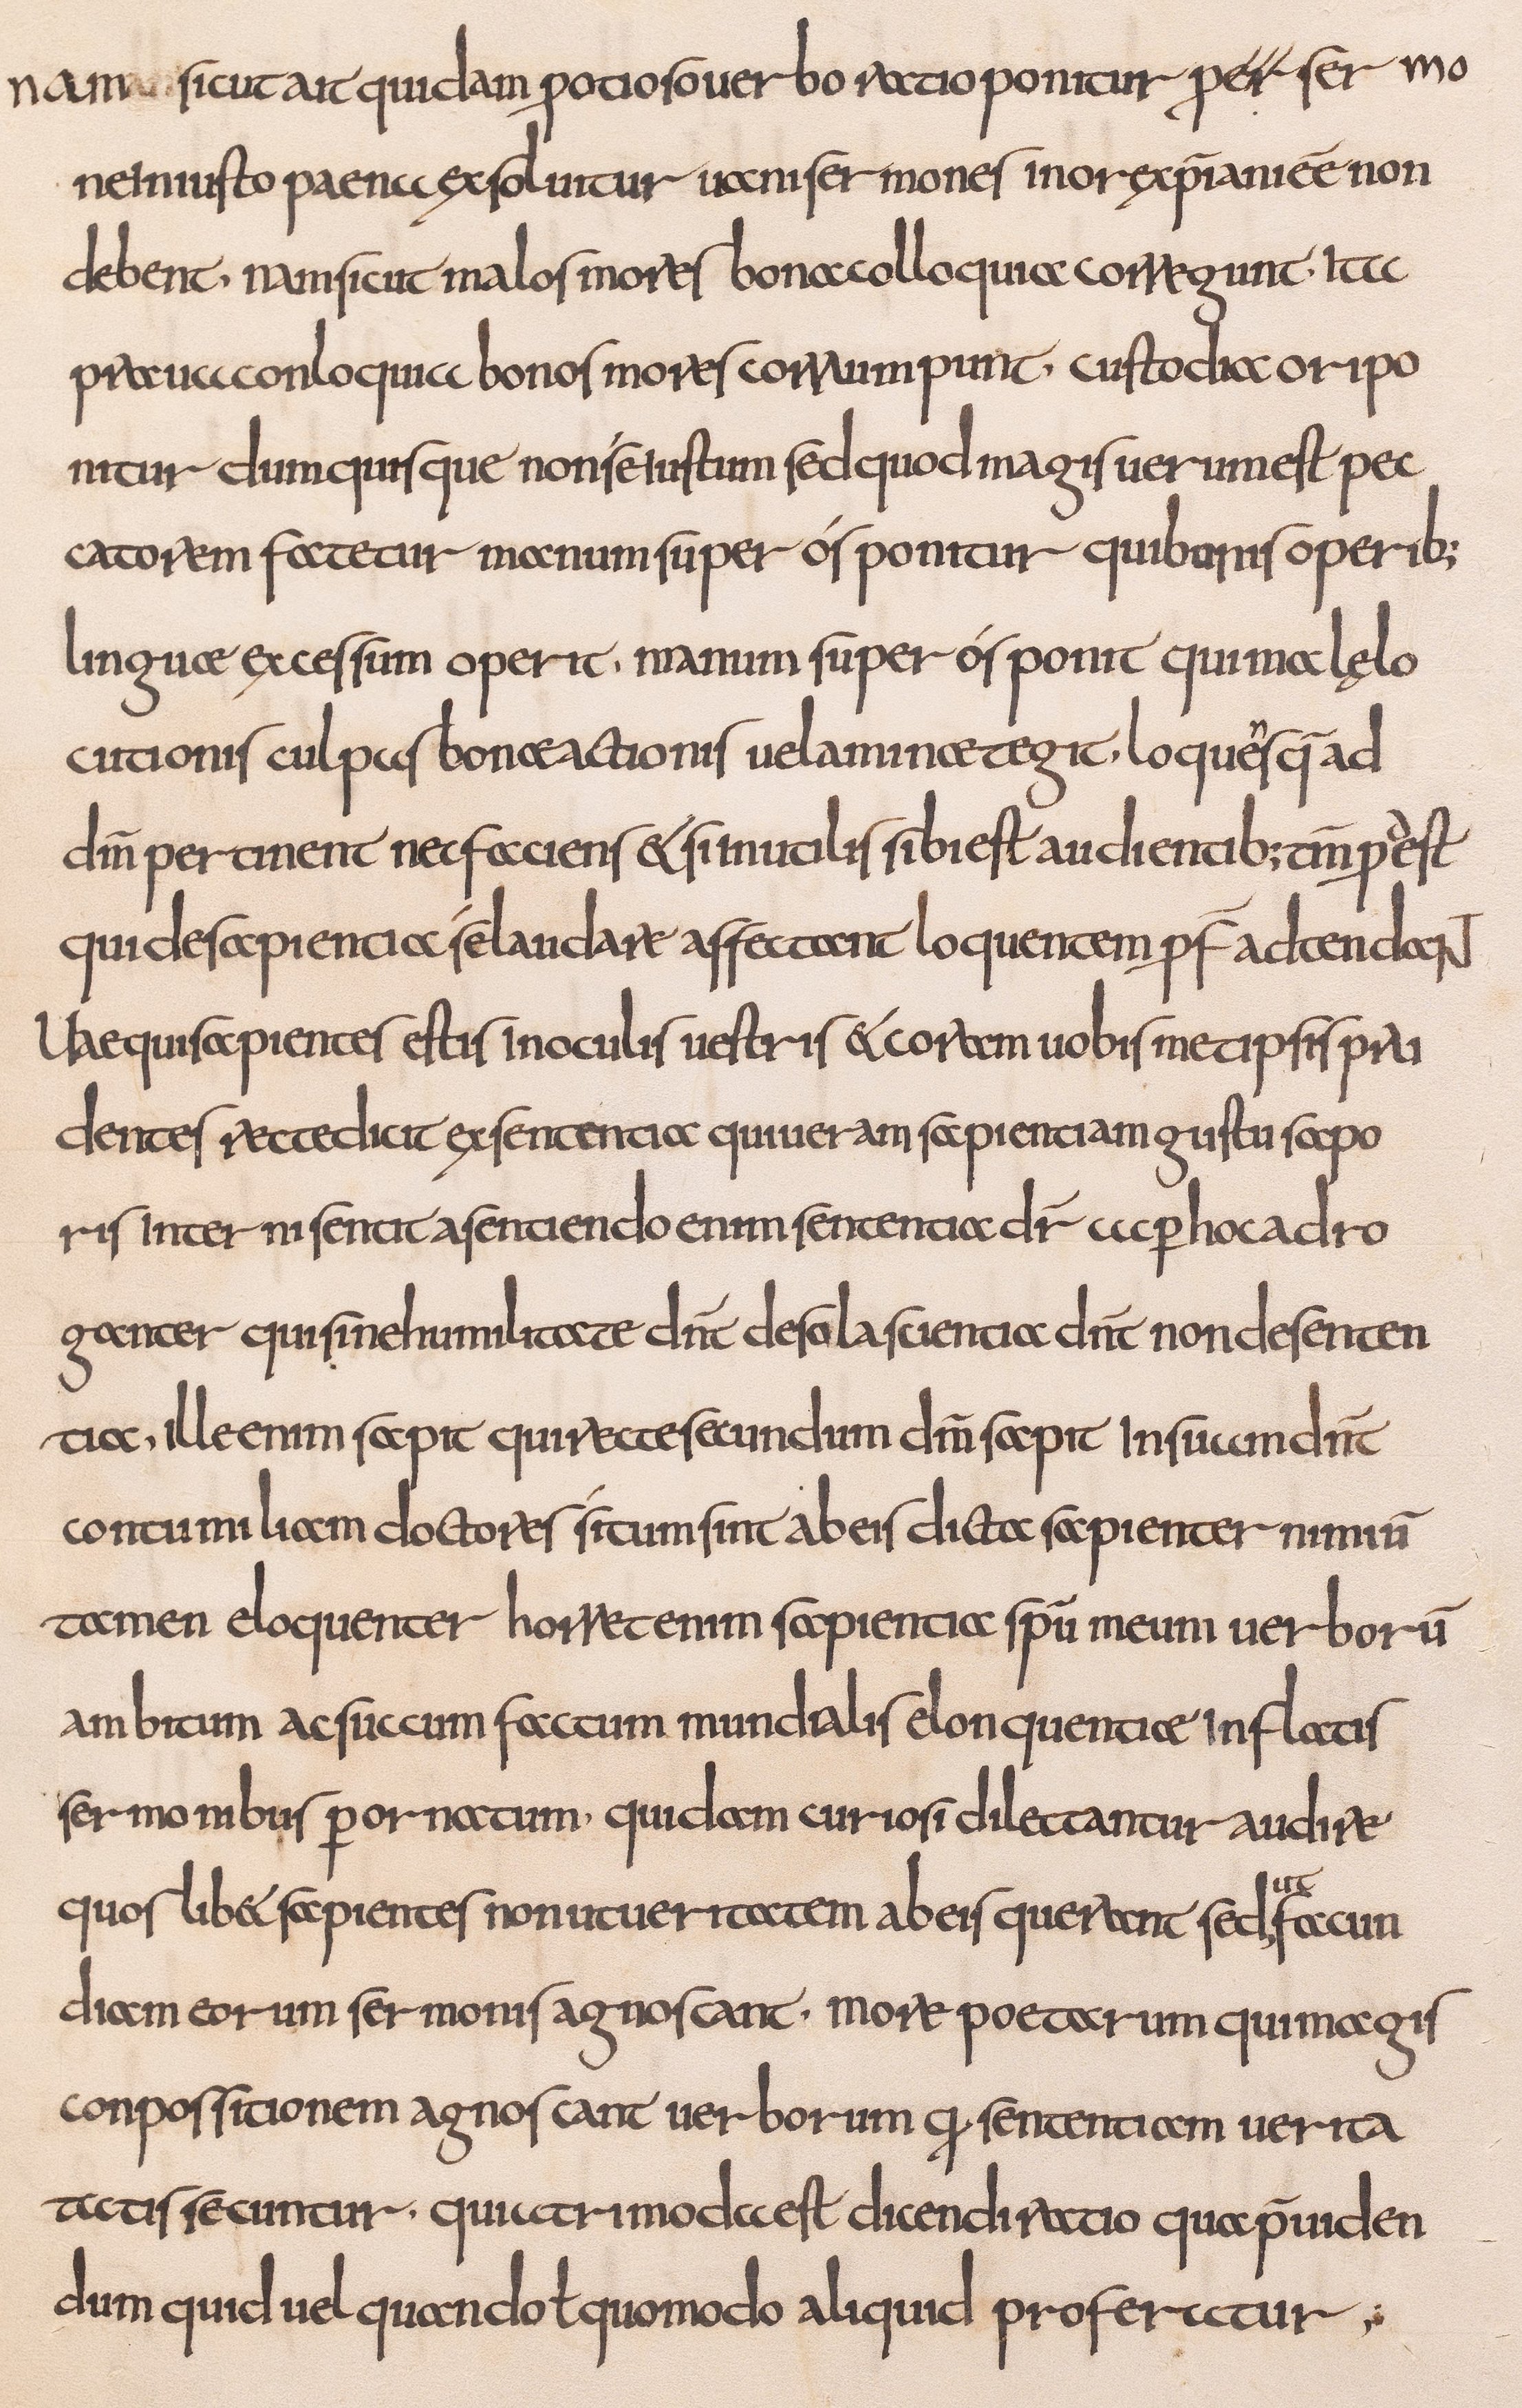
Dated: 800–832